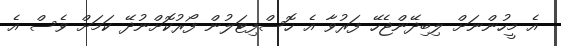
އެ މީހުންނަށް ލިބިދޭންޖެހޭ ފަރުވާ އެ ހޮސްފިޓަލުން ފޯރުކޮށްނުދޭ ކަމަށް ވެސް އެ